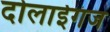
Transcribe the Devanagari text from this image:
दोलाईगंज